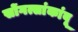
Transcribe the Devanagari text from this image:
सोंगत्सांकांबू